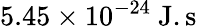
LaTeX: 5.45\times 10^{-24}~\mathrm{J.s}